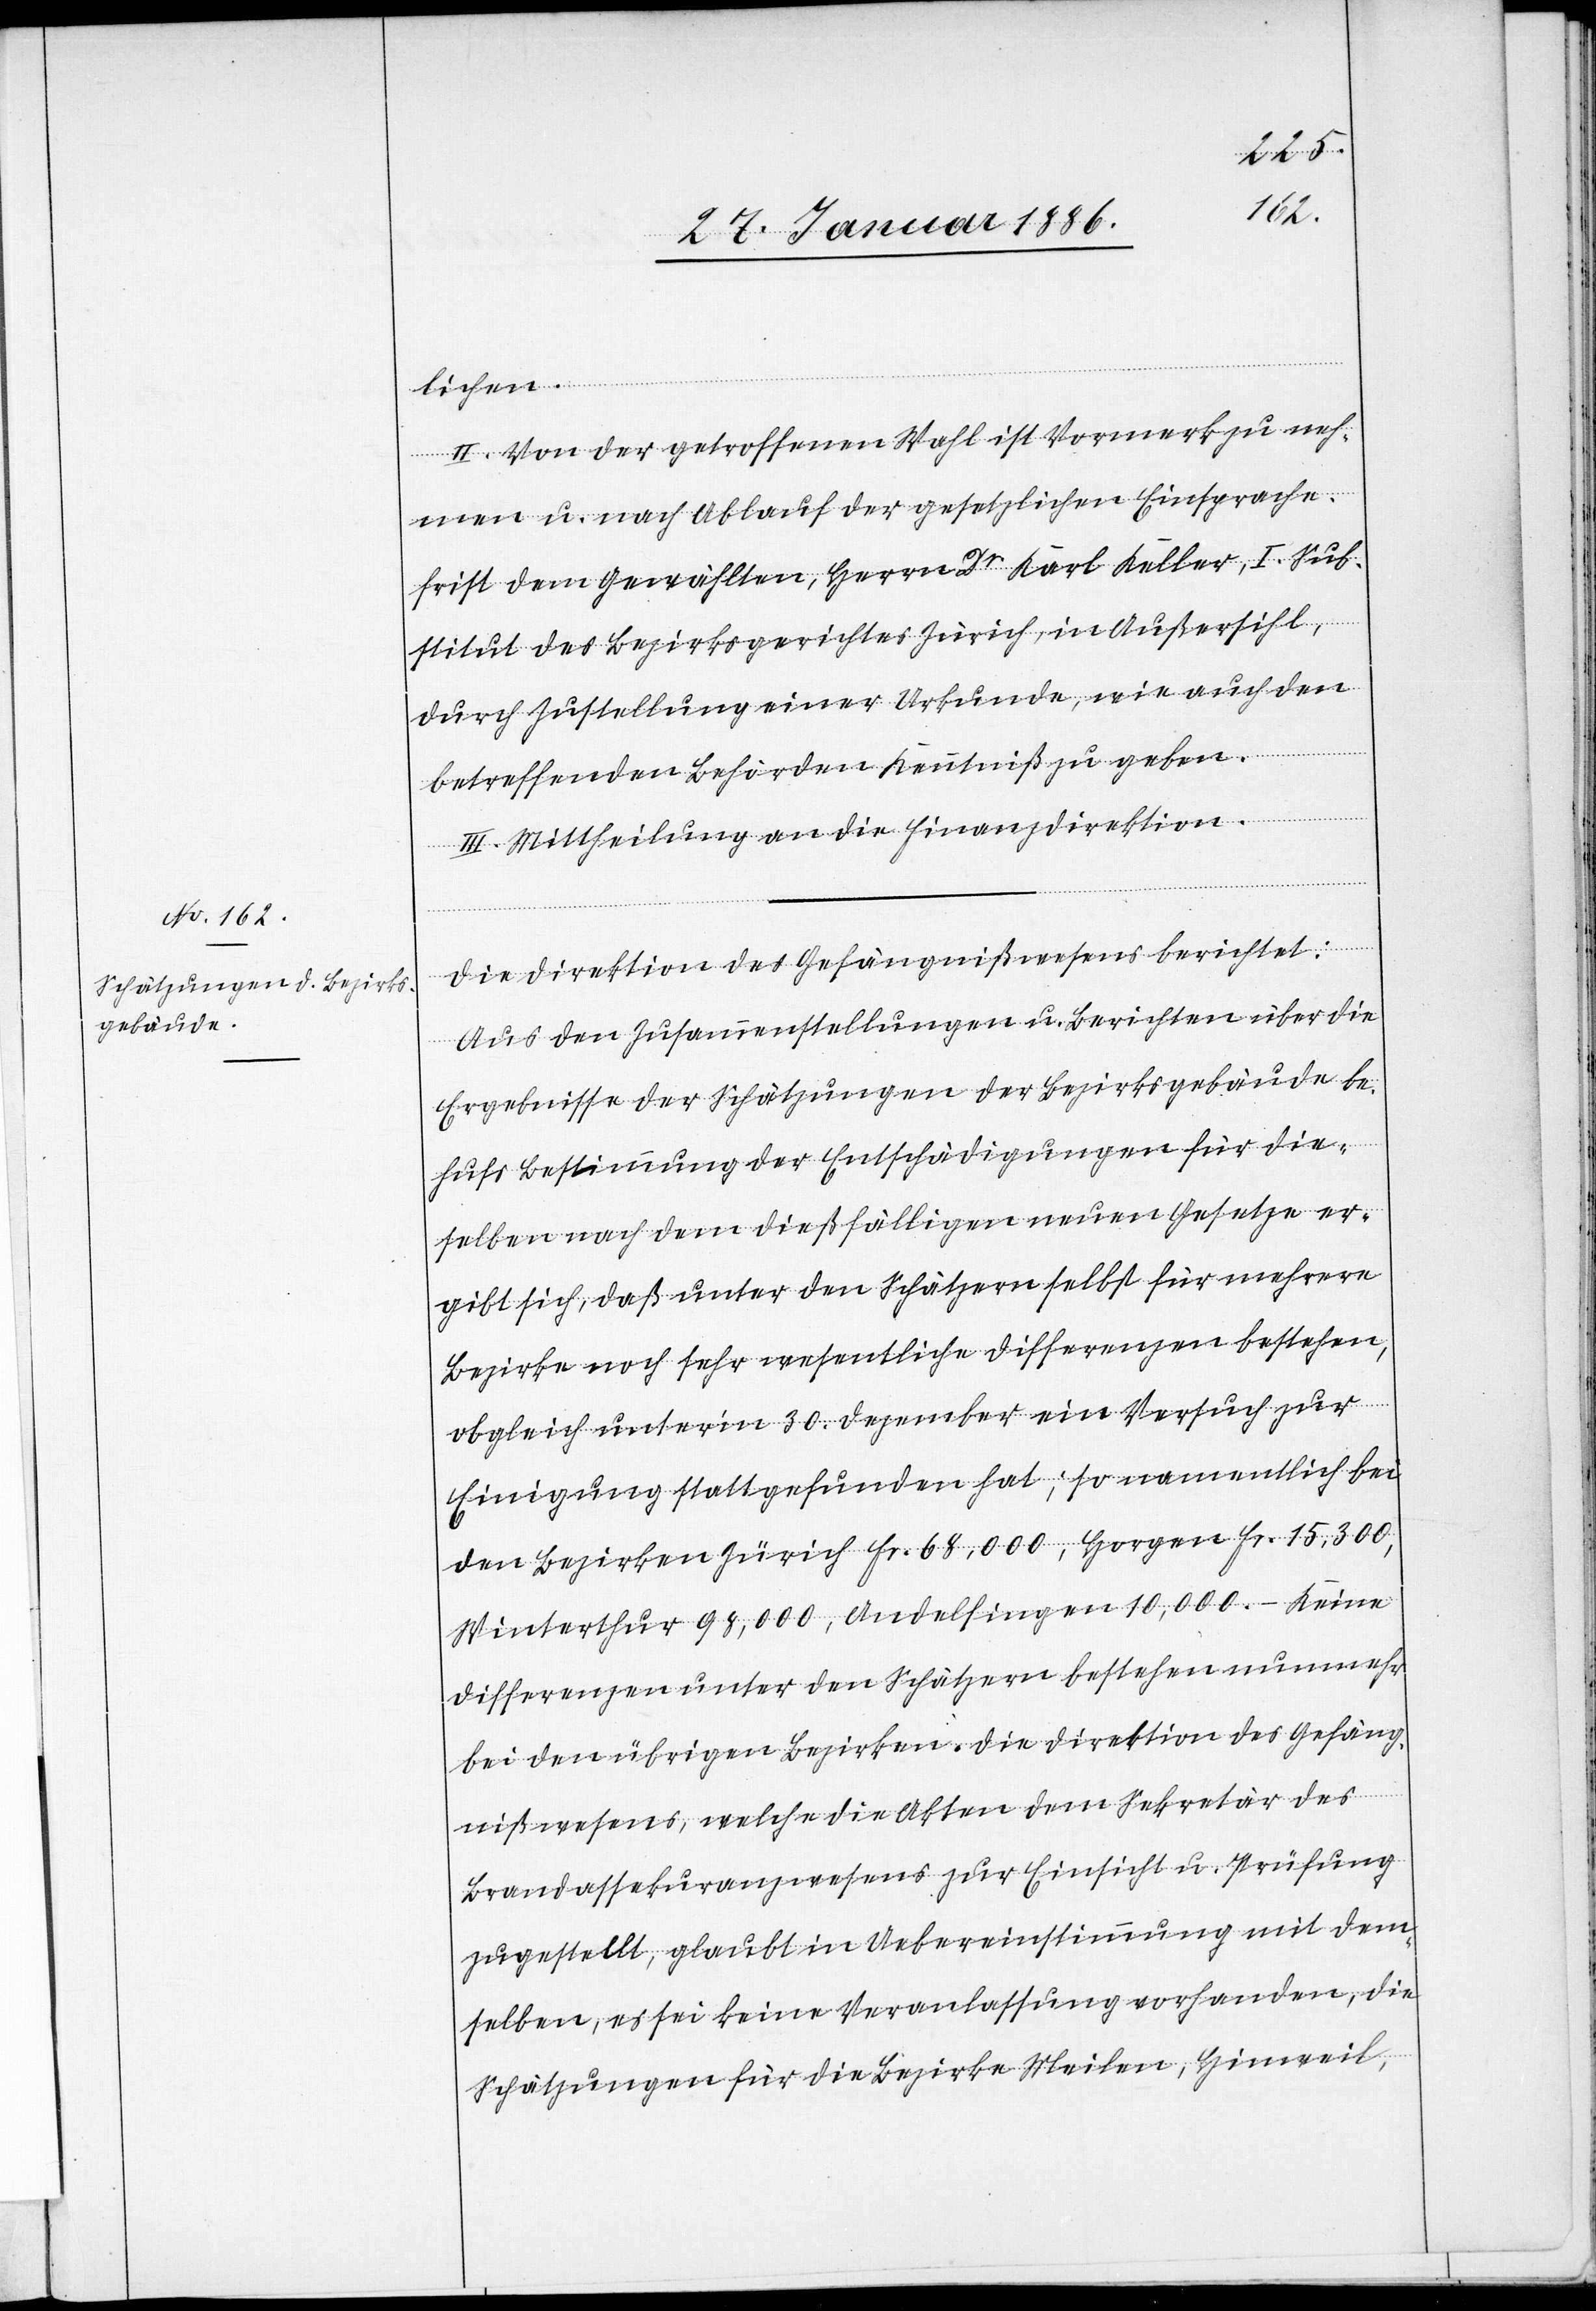
lichen.
II. Von der getroffenen Wahl ist Vormerk zu neh¬
men u. nach Ablauf der gesetzlichen Einsprache¬
frist dem Gewählten, Herrn Dr Karl Keller, I. Sub¬
stitut des Bezirksgerichtes Zürich, in Außersihl,
durch Zustellung einer Urkunde, wie auch den
betreffenden Behörden Kenntniß zu geben.
III. Mittheilung an die Finanzdirektion.
Die Direktion des Gefängnißwesens berichtet:
Aus den Zusammenstellungen u. Berichten über die
Ergebnisse der Schätzungen der Bezirksgebäude be¬
hufs Bestimmung der Entschädigungen für die¬
selben nach dem dießfälligen neuen Gesetze er¬
gibt sich, daß unter den Schätzern selbst für mehrere
Bezirke noch sehr wesentliche Differenzen bestehen,
obgleich unter’m 30. Dezember ein Versuch zur
Einigung stattgefunden hat; so namentlich bei
den Bezirken Zürich Fr. 68,000, Horgen Fr. 15,300,
Winterthur [Fr.] 98,000, Andelfingen [Fr.] 10,000.– Keine
Differenzen unter den Schätzern bestehen nunmehr
bei den übrigen Bezirken. Die Direktion des Gefäng¬
nißwesens, welche die Akten dem Sekretär des
Brandassekuranzwesens zur Einsicht u. Prüfung
zugestellt, glaubt in Uebereinstimmung mit dem¬
selben, es sei keine Veranlassung vorhanden, die
Schätzungen für die Bezirke Meilen, Hinweil,